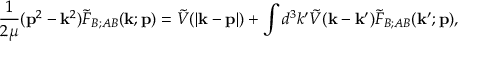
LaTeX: \frac { 1 } { 2 \mu } ( { \bf p } ^ { 2 } - { \bf k } ^ { 2 } ) \tilde { F } _ { B ; A B } ( { \bf k } ; { \bf p } ) = \tilde { V } ( | { \bf k } - { \bf p } | ) + \int d ^ { 3 } k ^ { \prime } \tilde { V } ( { \bf k } - { \bf k } ^ { \prime } ) \tilde { F } _ { B ; A B } ( { \bf k } ^ { \prime } ; { \bf p } ) ,